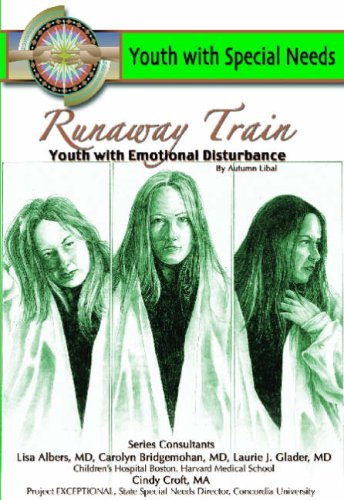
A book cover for Runaway Train: Youth With Emotional Disturbance (Youth With Special Needs); Autumn Libal; Teen & Young Adult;